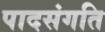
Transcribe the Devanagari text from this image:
पादसंगति